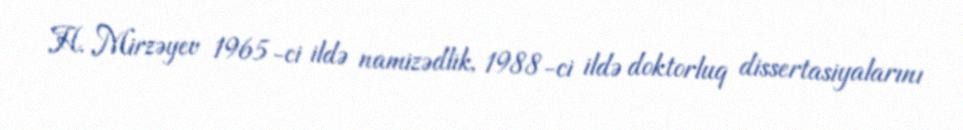
H. Mirzəyev 1965-ci ildə namizədlik, 1988-ci ildə doktorluq dissertasiyalarını